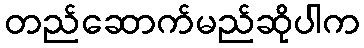
တည်ဆောက်မည်ဆိုပါက